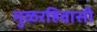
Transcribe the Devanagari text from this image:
मुळरहिवासी